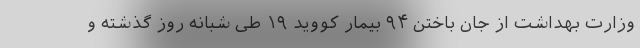
وزارت بهداشت از جان باختن ۹۴ بیمار کووید ۱۹ طی شبانه روز گذشته و